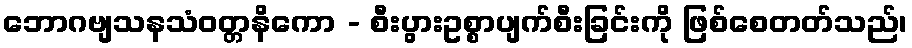
ဘောဂဗျသနသံဝတ္တနိကော - စီးပွားဥစ္စာပျက်စီးခြင်းကို ဖြစ်စေတတ်သည်၊